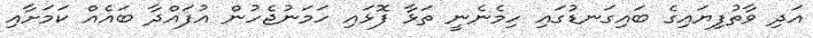
އަދި ވާތުފިޔައިގެ ބައިގަނޑުގައި ހިމެނެނީ ތަޅާ ފޮޅައި ހަމަނުޖެހުން އުފައްދާ ބައެއް ކަމަށާއި